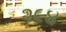
૨૯૪